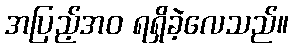
အပြည့်အဝ ရရှိခဲ့လေသည်။